Annual report on the lock hospitals of the Madras Presidency
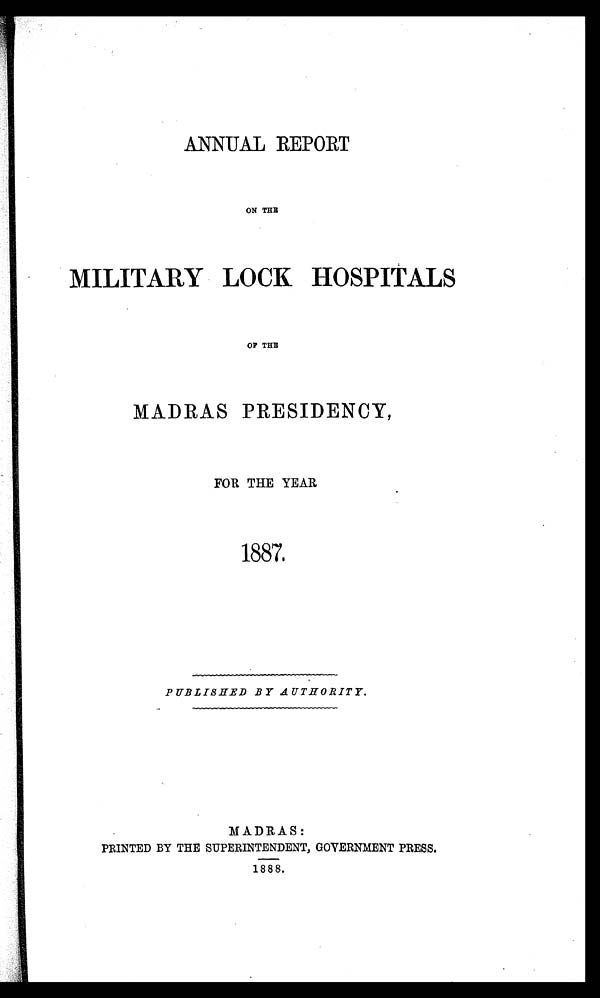
ANNUAL REPORT
ON THE
MILITARY LOCK HOSPITALS
OP THE
MADRAS PRESIDENCY,
FOR THE YEAR
1887.
PUBLISHED BY AUTHORITY.
MADRAS:
PRINTED BY THE SUPERINTENDENT, GOVERNMENT PRESS.
1888.